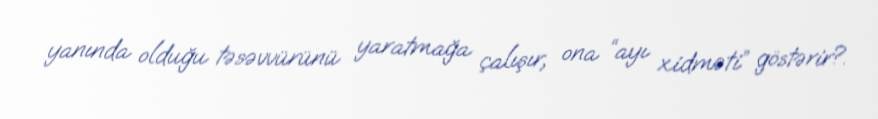
yanında olduğu təsəvvürünü yaratmağa çalışır, ona “ayı xidməti” göstərir?.